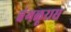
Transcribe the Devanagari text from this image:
बंगळूरास